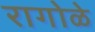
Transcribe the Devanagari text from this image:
रागोळे